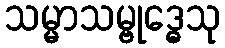
သမ္မာသမ္ဗုဒ္ဓေသု